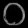
Digit: ၀